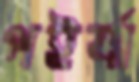
পইর্যা